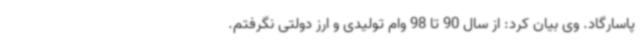
پاسارگاد. وی بیان کرد: از سال 90 تا 98 وام تولیدی و ارز دولتی نگرفتم.